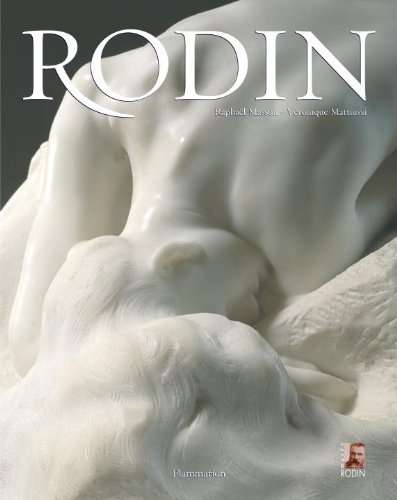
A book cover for Rodin; Raphael Masson; Arts & Photography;